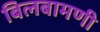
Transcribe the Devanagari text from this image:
बिलबामणी